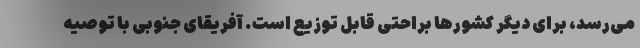
می‌رسد، برای دیگر کشورها براحتی قابل توزیع است. آفریقای جنوبی با توصیه